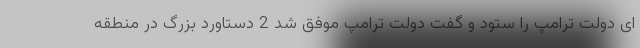
ای دولت ترامپ را ستود و گفت دولت ترامپ موفق شد 2 دستاورد بزرگ در منطقه